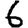
Digit: 6